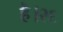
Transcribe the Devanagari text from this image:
है।२६